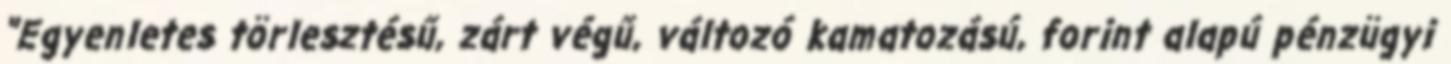
"Egyenletes törlesztésű, zárt végű, változó kamatozású, forint alapú pénzügyi